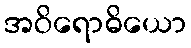
အဝိရောဓိယော